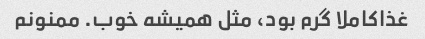
غذاکاملا گرم بود، مثل همیشه خوب. ممنونم